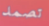
تصمد